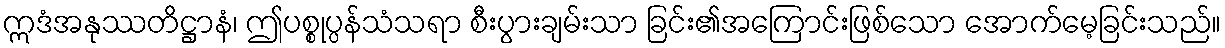
ဣဒံအနုဿတိဋ္ဌာနံ၊ ဤပစ္စုပ္ပန်သံသရာ စီးပွားချမ်းသာ ခြင်း၏အကြောင်းဖြစ်သော အောက်မေ့ခြင်းသည်။